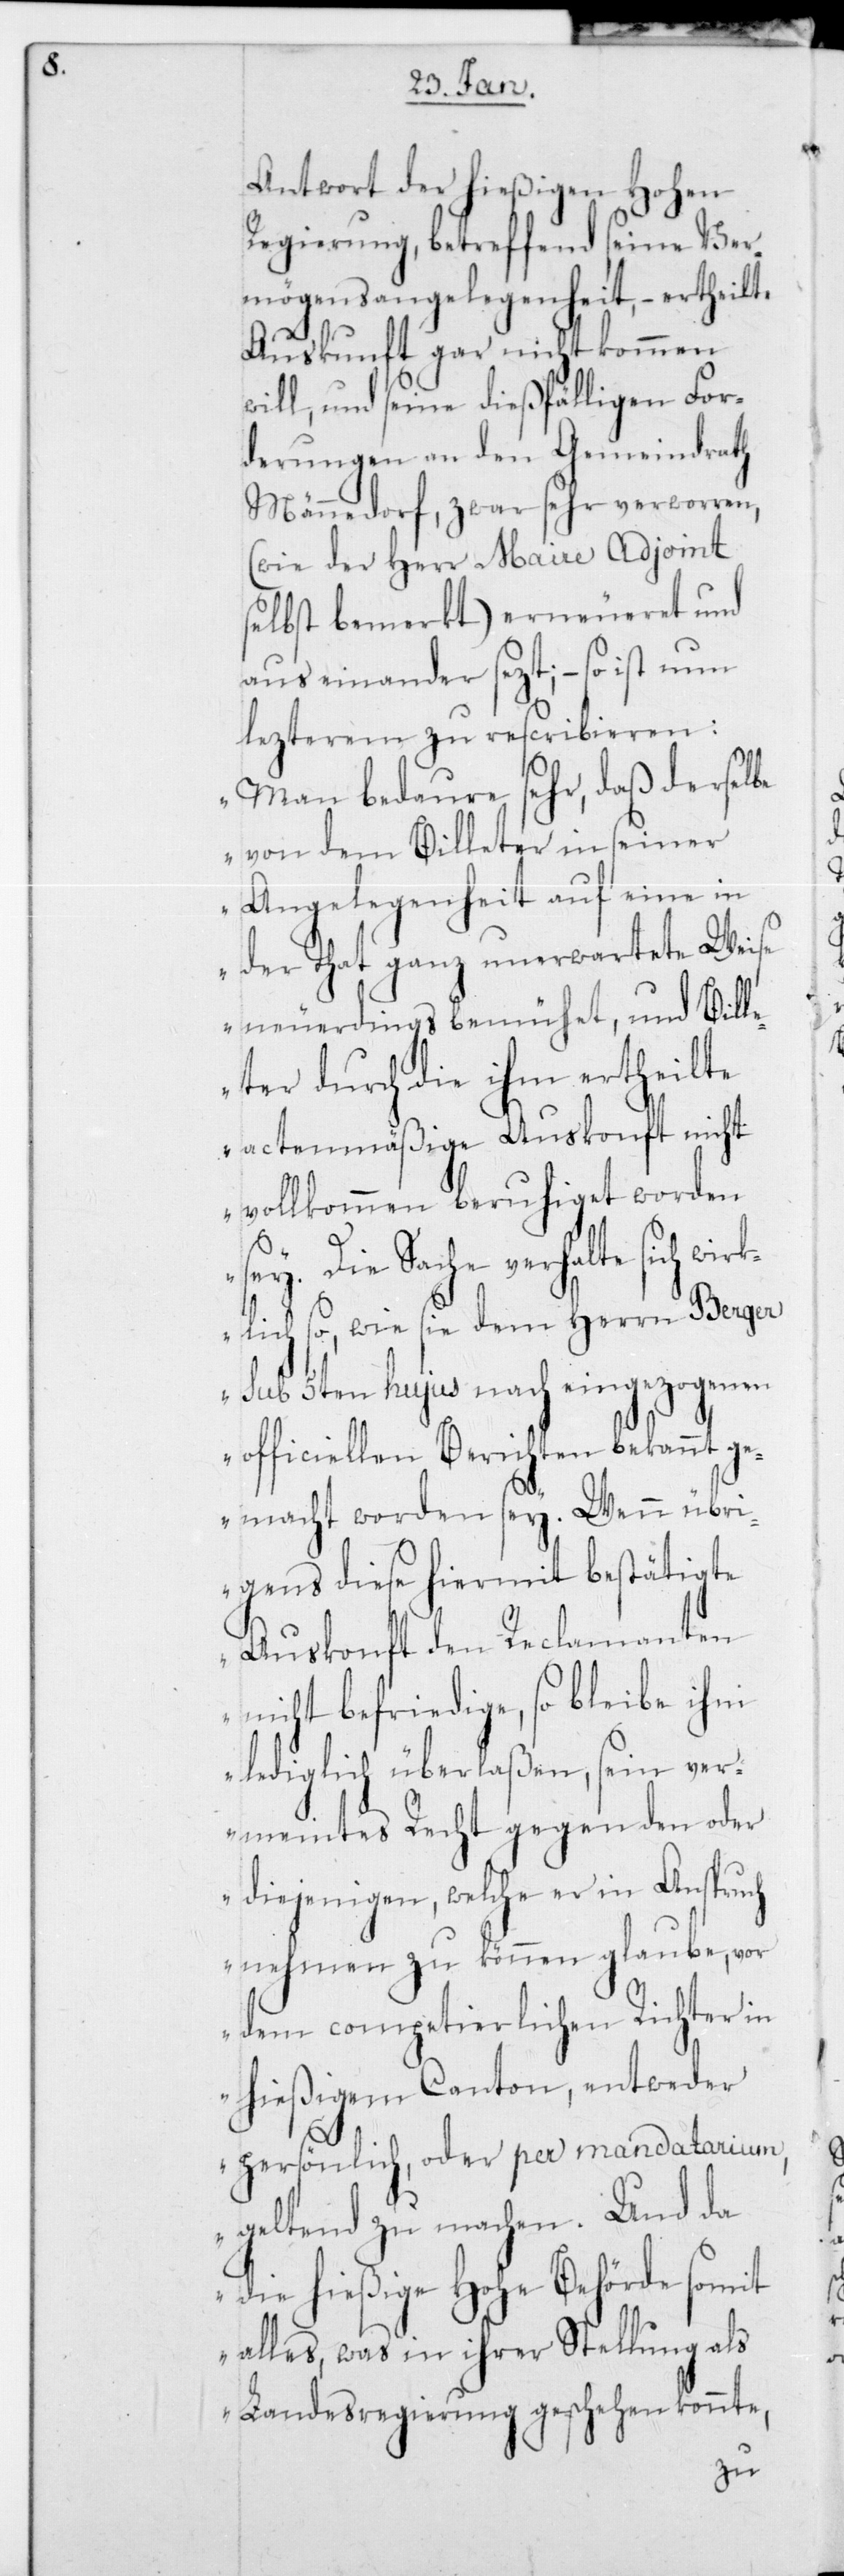
Antwort der hießigen hohen
Regierung, betreffend seine Ver¬
mögens-Angelegenheit, – ertheilte
Auskunft gar nicht kommen
will, und seine dießfälligen For¬
derungen an den Gemeindrath
Männedorf, zwar sehr verworren,
(wie der Herr Maire Adjoint
selbst bemerkt) erneueret und
auseinander setzt; – so ist nun
letzterem zu rescribieren:
„Man bedaure sehr, daß derselbe
von dem Billeter in seiner
Angelegenheit auf eine in
der That ganz unerwartete Weise
neuerdings bemühet, und Bill¬
eter durch die ihm ertheilte
actenmäßige Auskonft nicht
vollkommen beruhiget worden
sey. Die Sache verhalte sich wi¬
rklich so, wie sie dem Herrn Berger
sub 5ten hujus nach eingezogenen
officiellen Berichten bekannt ge¬
macht worden sey. Wenn übri¬
gens diese hiermit bestätigte
Auskonft den Reclamanten
nicht befriedige, so bleibe ihm
lediglich überlaßen, sein ver¬
meintes Recht gegen den oder
diejenigen, welche er in Anspruch
nehmen zu können glaube, vor
dem competierlichen Richter in
hießigem Canton, entweder
persönlich, oder per mandatarium,
geltend zu machen. Und da
die hießige Hohe Behörde somit
alles, was in ihrer Stellung als
Landesregierung geschehen könnte,